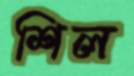
শিল